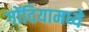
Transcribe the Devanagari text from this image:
गोंदियामध्ये